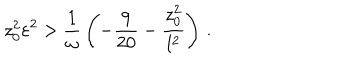
LaTeX: z _ { 0 } ^ { 2 } \varepsilon ^ { 2 } > { \frac { 1 } { \omega } } \left( - { \frac { 9 } { 2 0 } } - { \frac { z _ { 0 } ^ { 2 } } { l ^ { 2 } } } \right) \, .